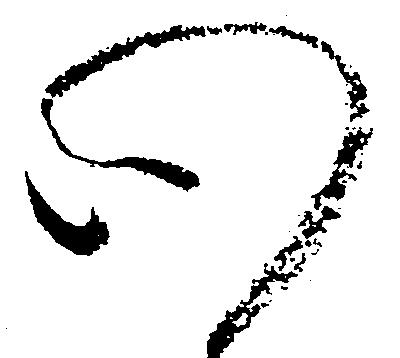
心